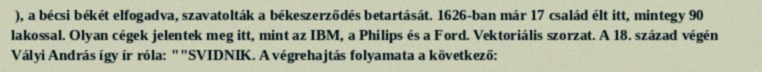
), a bécsi békét elfogadva, szavatolták a békeszerződés betartását. 1626-ban már 17 család élt itt, mintegy 90 lakossal. Olyan cégek jelentek meg itt, mint az IBM, a Philips és a Ford. Vektoriális szorzat. A 18. század végén Vályi András így ír róla: ""SVIDNIK. A végrehajtás folyamata a következő: